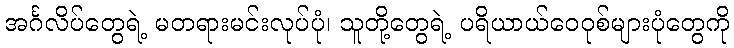
အင်္ဂလိပ်တွေရဲ့ မတရားမင်းလုပ်ပုံ၊ သူတို့တွေရဲ့ ပရိယာယ်ဝေဝုစ်များပုံတွေကို